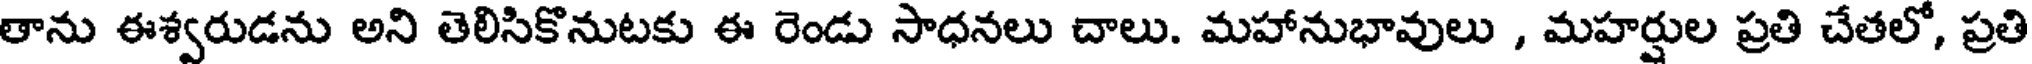
తాను ఈశ్వరుడను అని తెలిసికొనుటకు ఈ రెండు సాధనలు చాలు. మహానుభావులు , మహర్షుల ప్రతి చేతలో, ప్రతి